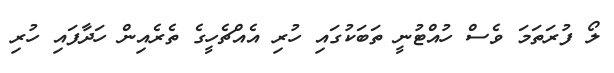
ލޯ ފުރަތަމަ ވެސް ހުއްޓުނީ ތަބަކުގައި ހުރި އެއްޗެހީގެ ތެރެއިން ހަދާފައި ހުރި